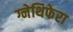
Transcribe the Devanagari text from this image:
ग्नेथिफेरा